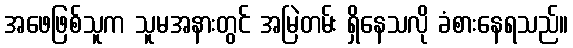
အဖေဖြစ်သူက သူမအနားတွင် အမြဲတမ်း ရှိနေသလို ခံစားနေရသည်။